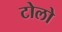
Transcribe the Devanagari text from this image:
टोलो